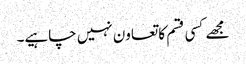
مجھے کسی قسم کا تعاون نہیں چاہیے۔